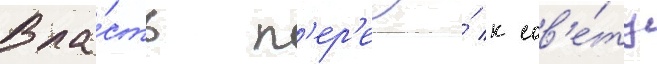
Вла́сть п'ер'ешла́ к сов'е́ту